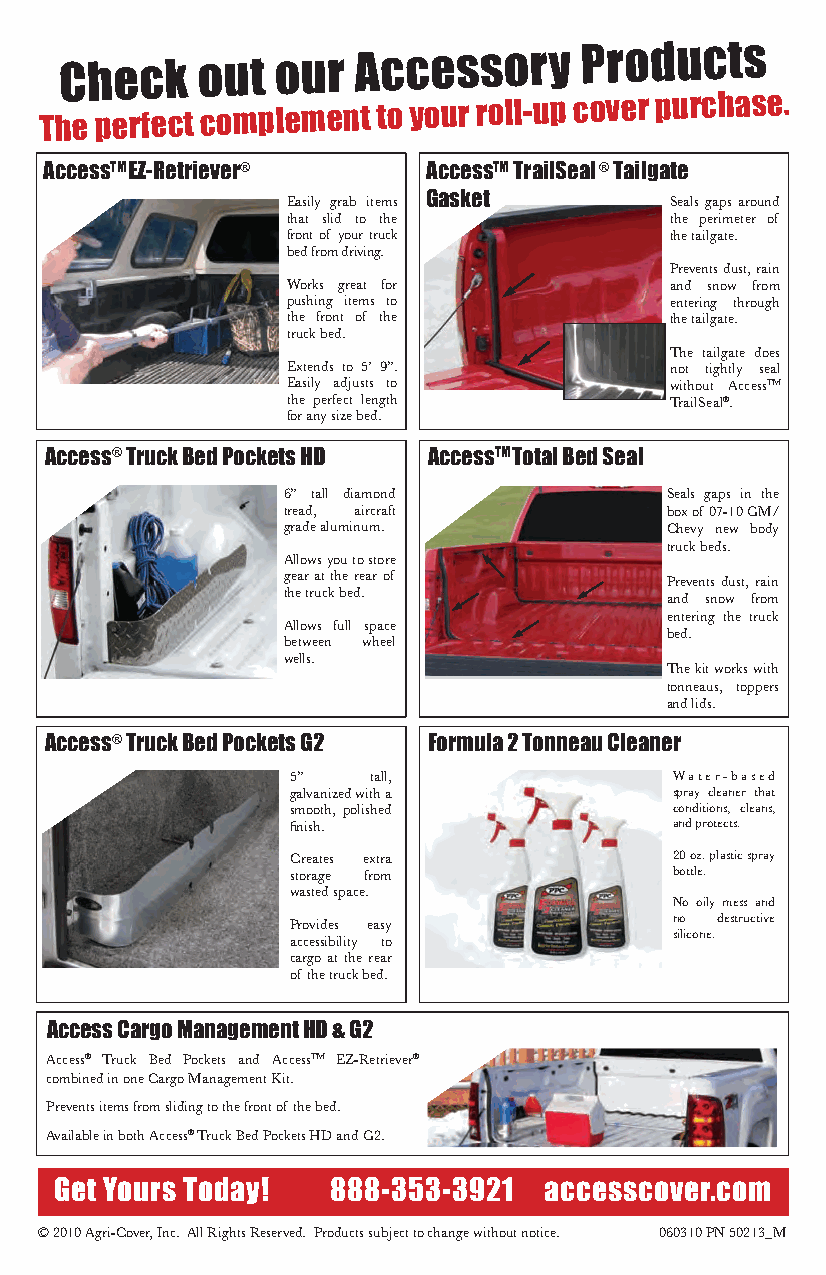
Check    out  our
 Accessory
 Products
 The perfect complement to your roll-up cover purchase.
 AccessTM EZ-Retriever®   AccessTM TrailSeal® Tailgate
 Easily grab items Gasket Seals gaps around
 that slid to the         the perimeter of
 front of your truck      the tailgate.
 bed from driving.
 Prevents dust, rain
 Works great for          and snow from
 pushing items to         entering through
 the front of the         the tailgate.
 truck bed.
 The tailgate does
 Extends to 5’ 9”.        not tightly seal
 Easily adjusts to        without AccessTM
 the perfect length       TrailSeal®.
 for any size bed.
 Access® Truck Bed Pockets HD AccessTM Total Bed Seal
 6” tall diamond          Seals gaps in the
 tread, aircraft          box of 07-10 GM/
 grade aluminum.          Chevy new body
 truck beds.
 Allows you to store
 gear at the rear of      Prevents dust, rain
 the truck bed.
 and snow from
 entering the truck
 Allows full space
 bed.
 between wheel
 wells.
 The kit works with
 tonneaus, toppers
 and lids.
 Access® Truck Bed Pockets G2 Formula 2 Tonneau Cleaner
 5”   tall,               Water-based
 galvanized with a        spray cleaner that
 smooth, polished         conditions, cleans,
 fi nish.                 and protects.
 Creates extra            20 oz. plastic spray
 storage from             bottle.
 wasted space.
 No oily mess and
 Provides easy            no  destructive
 silicone.
 accessibility to
 cargo at the rear
 of the truck bed.
 Access Cargo Management HD & G2
 Access® Truck Bed Pockets and AccessTM EZ-Retriever®
 combined in one Cargo Management Kit.
 Prevents items from sliding to the front of the bed.
 Available in both Access® Truck Bed Pockets HD and G2.
 Get Yours Today!  888-353-3921  accesscover.com
 © 2010 Agri-Cover, Inc. All Rights Reserved. Products subject to change without notice. 060310 PN 50213_M